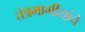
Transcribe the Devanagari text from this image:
तंत्रमार्गीयांचे